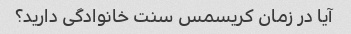
آیا در زمان کریسمس سنت خانوادگی دارید؟